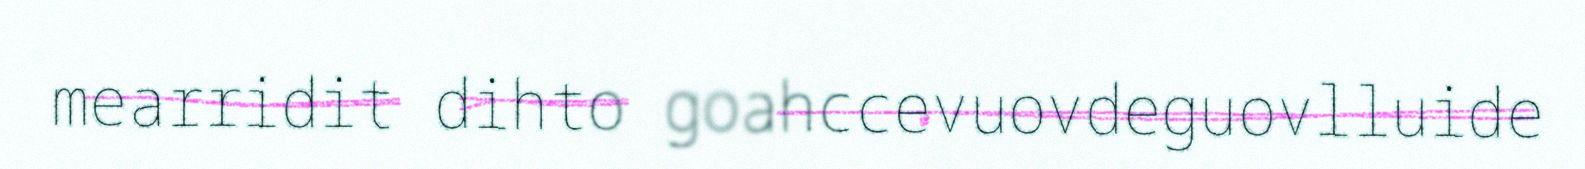
mearridit dihto goahccevuovdeguovlluide